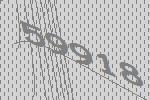
59918